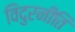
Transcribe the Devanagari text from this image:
विदुरनीति